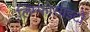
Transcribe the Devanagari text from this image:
लिम्फोसाइटों